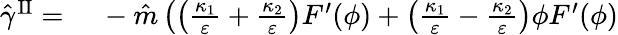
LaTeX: \begin{array}{rl}{\hat{\gamma}^{\mathrm{II}}=}&{{}~-\hat{m}\left(\left(\frac{\kappa_{1}}{\varepsilon}+\frac{\kappa_{2}}{\varepsilon}\right)F^{\prime}(\phi)+\left(\frac{\kappa_{1}}{\varepsilon}-\frac{\kappa_{2}}{\varepsilon}\right)\phi F^{\prime}(\phi)\right.}\end{array}